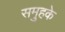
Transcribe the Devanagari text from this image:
समुहके